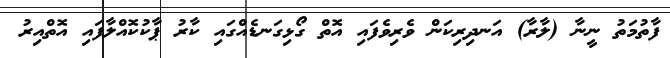
ފާތުމަތު ނީނާ (ލާރާ) އަނދިރިކަން ވެރިވެފައި އޮތް ގޯޅިގަނޑެއްގައި ކާރު ޕާކުކޮއްލާފައި އޮތްއިރު